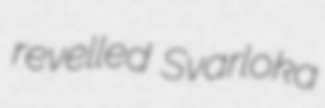
revelled Svarloka